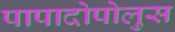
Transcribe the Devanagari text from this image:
पापादोपोलुस